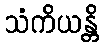
သံကိယန္တိ